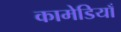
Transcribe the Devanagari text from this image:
कामेडियाँ